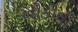
ઓકોલો